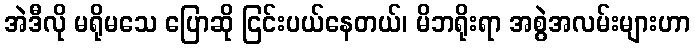
အဲဒီလို မရိုမသေ ပြောဆို ငြင်းပယ်နေတယ်၊ မိဘရိုးရာ အစွဲအလမ်းများဟာ